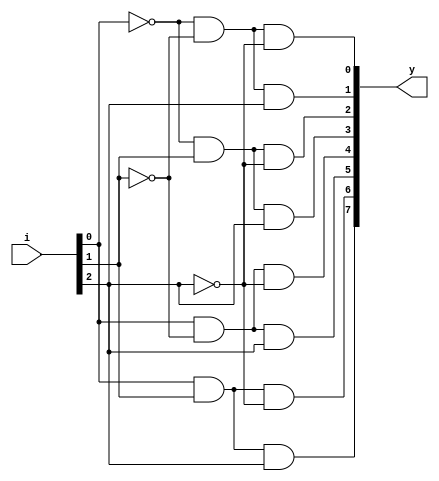
//3:8 decoder using data flow
module ex9(input [2:0]i,output [7:0]y);
assign y[0]= ~i[0] & ~i[1] & ~i[2];
assign y[1]= ~i[0] & ~i[1] & i[2];
assign y[2]= ~i[0] & i[1] & ~i[2];
assign y[3]= ~i[0] & i[1] & i[2];
assign y[4]= i[0] & ~i[1] & ~i[2];
assign y[5]= i[0] & ~i[1] & i[2];
assign y[6]= i[0] & i[1] & ~i[2];
assign y[7]= i[0] & i[1] & i[2];
endmodule

module tb;
reg [2:0]i;
wire [7:0]y;
ex9 i1(i,y);
initial begin
$monitor("\n I[0]=%b I[1]=%b I[2]=%b \nY[0]=%b \nY[1]=%b \nY[2]=%b \nY[3]=%b \nY[4]=%b \nY[5]=%b \nY[6]=%b \nY[7]=%b",i[0],i[1],i[2],y[0],y[1],y[2],y[3],y[4],y[5],y[6],y[7]);
i[0]=0;i[1]=0;i[2]=1;
#10i[0]=1;i[1]=0;i[2]=0;
#10i[0]=1;i[1]=0;i[2]=1;
#10i[0]=0;i[1]=1;i[2]=1;
end 
endmodule